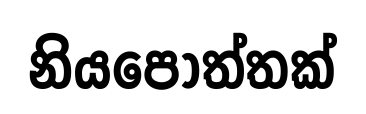
නියපොත්තක්